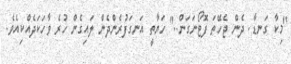
"މިކާ ގަނޑާ. ދެން ޖެހޭތަ ފޮޓޯނަގަން.." ހަޔާތީ އަނގަފުރެންދެން ލައިގެން ހުރެ ވާހަކަދެއްކިއެވެ.